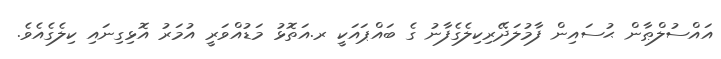
އައްސުލްޠާން ޙުސައިން ފާމުލަދޭރިކިލެގެފާނު ގެ ބައްޕައަކީ ރ.އަތޮޅު މަޑުއްވަރީ އުމަރު އޮޅިގިނައި ކިލެގެއެވެ.